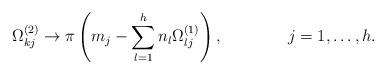
LaTeX: \begin{align*}\Omega^{(2)}_{kj}\to \pi \left(m_j-\sum_{l=1}^h n_l\Omega_{lj}^{(1)}\right),\qquad\qquad j=1,\ldots,h.\end{align*}